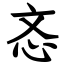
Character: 忞